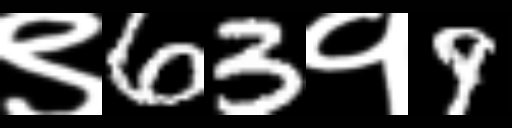
Text: ९63१9